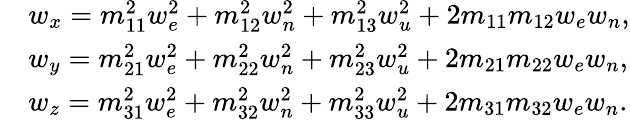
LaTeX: \begin{array}{rl}&{w_{x}=m_{11}^{2}w_{e}^{2}+m_{12}^{2}w_{n}^{2}+m_{13}^{2}w_{u}^{2}+2m_{11}m_{12}w_{e}w_{n},}\\ &{w_{y}=m_{21}^{2}w_{e}^{2}+m_{22}^{2}w_{n}^{2}+m_{23}^{2}w_{u}^{2}+2m_{21}m_{22}w_{e}w_{n},}\\ &{w_{z}=m_{31}^{2}w_{e}^{2}+m_{32}^{2}w_{n}^{2}+m_{33}^{2}w_{u}^{2}+2m_{31}m_{32}w_{e}w_{n}.}\end{array}